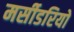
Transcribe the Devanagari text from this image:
मर्सीडरियो